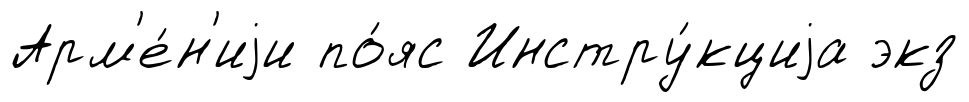
Арм'е́н'иjи по́яс Инстру́кциjа экз